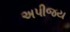
અપીજય